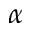
\alpha